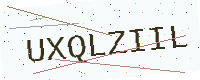
Text: UXQLZIIL